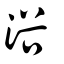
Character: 浴